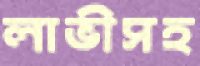
লাভীসহ